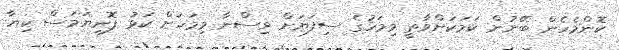
ކޮންމެހެން ބޭނުން ކަމަކަށްވާތީ މިމަހުގެ ސިފަޔަށް ވިސްނާ މިމަހަށް ކަޅު ފޮނިޔަމަސް ކިޔާ